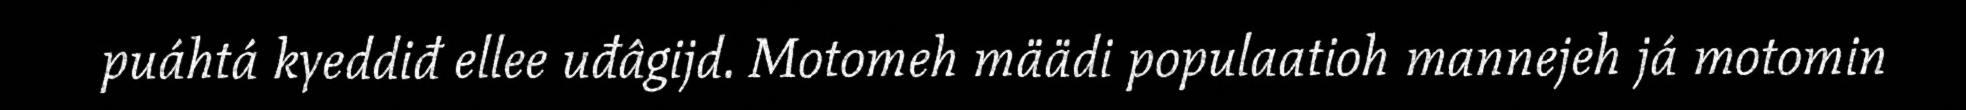
puáhtá kyeddiđ ellee uđâgijd. Motomeh määdi populaatioh mannejeh já motomin